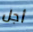
أجل